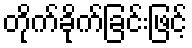
တိုက်ခိုက်ခြင်းဖြင့်